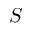
S